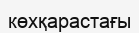
көхқарастағы